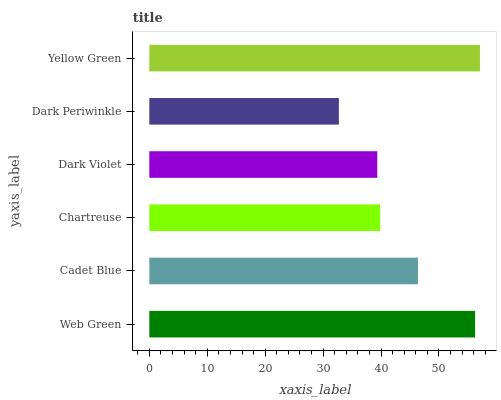
| yaxis_label | bars |
 | --- | --- |
 | Web Green | 56.2 |
 | Cadet Blue | 46.4 |
 | Chartreuse | 39.8 |
 | Dark Violet | 39.3 |
 | Dark Periwinkle | 32.7 |
 | Yellow Green | 57.1 |